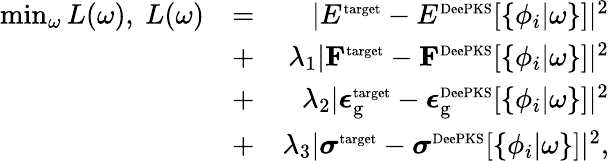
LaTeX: \begin{array}{rlr}{\operatorname*{min}_{\omega}L(\omega),~L(\omega)}&{=}&{|E^{\scriptsize{\textrm{target}}}-E^{\scriptsize{\textrm{DeePKS}}}[\{ \phi_{i}|\omega\} ]|^{2}}\\ &{+}&{\lambda_{1}|\mathbf{F}^{\scriptsize{\textrm{target}}}-\mathbf{F}^{\scriptsize{\textrm{DeePKS}}}[\{ \phi_{i}|\omega\} ]|^{2}}\\ &{+}&{\lambda_{2}|\boldsymbol{\epsilon_{\textrm{g}}}^{\scriptsize{\textrm{target}}}-\boldsymbol{\epsilon_{\textrm{g}}}^{\scriptsize{\textrm{DeePKS}}}[\{ \phi_{i}|\omega\} ]|^{2}}\\ &{+}&{\lambda_{3}|\boldsymbol{\sigma}^{\scriptsize{\textrm{target}}}-\boldsymbol{\sigma}^{\scriptsize{\textrm{DeePKS}}}[\{ \phi_{i}|\omega\} ]|^{2},}\end{array}